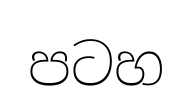
පටහ